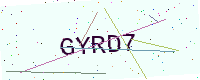
Text: GYRD7